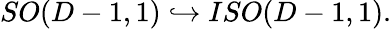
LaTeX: SO(D-1,1)\hookrightarrow ISO(D-1,1).